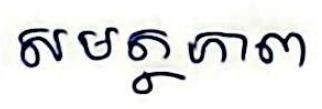
សមត្ថភាព